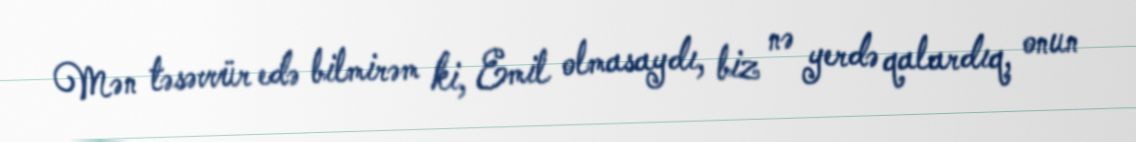
Mən təsəvvür edə bilmirəm ki, Emil olmasaydı, biz nə yerdə qalardıq, onun